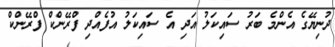
ދުނިޔޭގެ އެންމެ ބަރު ސައިކަލު އަދި އެ ސައިކަލު އުފެއްދި ފްރޭންކް ފްރޭންކް